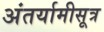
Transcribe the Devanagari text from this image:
अंतर्यामीसूत्र